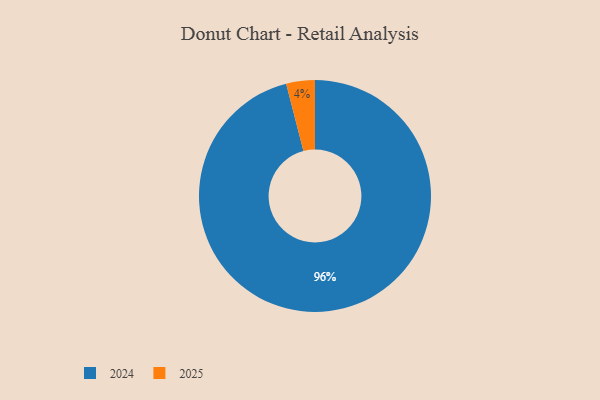
{"axis": {"x": "Category", "y": "Percentage"}, "legend": ["2024", "2025"], "data": [{"x": "2025", "y": 4, "type": "2025"}, {"x": "2024", "y": 96, "type": "2024"}]}